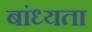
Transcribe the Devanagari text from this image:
बांध्यता